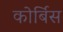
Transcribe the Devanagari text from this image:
कोर्बिस